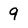
Character: 9